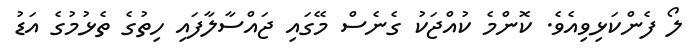
ލޯ ފެންކަޅިވިއެވެ. ކޮންމެ ކުއްޖަކު ގެނެސް މޭގައި ޖައްސާލާފައި ހިތުގެ ތެޅުމުގެ އަޑު